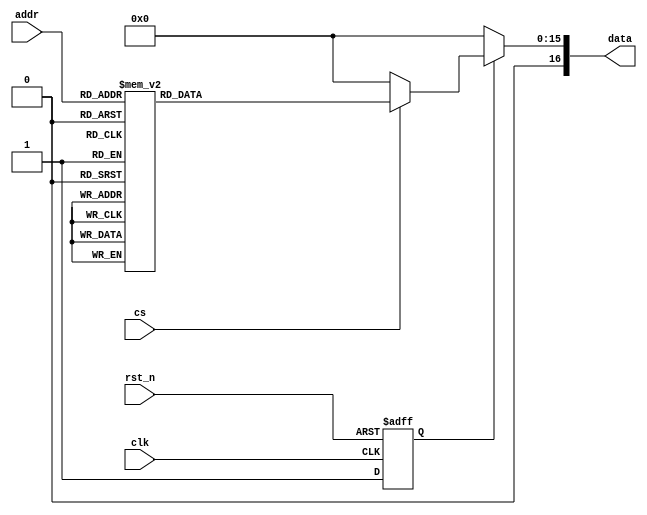
module ROM2_Z1(clk, rst_n, cs, addr, data);

input [2:0] addr; // address
input cs; // chip select
input rst_n; 
input clk; 
output reg [16:0] data;

reg [15:0] rom_data;
reg rst_n_sync;

always@(*) begin

if(cs)
begin
//   c1= 0.9807852804 , c2= 0.92387953251 , c3= 0.8314696123 , c4= 0.70710678118 , c5= 0.55557023302 , c6= 0.38268343236 , c7= 0.19509032201 
case(addr) 
3'b000: rom_data = 16'b0101001000000011;
3'b001: rom_data = 16'b0001001100111110;
3'b010: rom_data = 16'b0001110011001100;
3'b011: rom_data = 16'b1101111000000111;

3'b100: rom_data = 16'b0010111001110100;
3'b101: rom_data = 16'b1110111110101111;
3'b110: rom_data = 16'b1111100100111110;
3'b111: rom_data = 16'b1011101001111000;
default: rom_data = 16'b0;
endcase 
end 
else rom_data = 0; 
end 

// Asynchronous reset assertion, synchronous reset deassertion
always @(negedge rst_n or posedge clk) begin
    if (!rst_n)
        rst_n_sync <= 1'b0;  // Asynchronous reset assertion
    else
        rst_n_sync <= 1'b1;  // Synchronous reset deassertion
end

// Data output logic
always @(*) begin
    if (!rst_n_sync)
        data = 17'b0;  // Clear data on reset
    else
        data = rom_data;  // Update data immediately from combinational logic
end

endmodule

// // This is for the first row to get z1 only 	*this is the second rom*
// 	                                           // It must be in Fixed Point representation! 
// // first bit is for +/- , then the 2nd bit either 0 for 0 or 1 for 1, negatives is the 2's compliment for the whole number
 
// // c1= 0.9807852804 , c2= 0.92387953251 , c3= 0.8314696123 , c4= 0.70710678118 , c5= 0.55557023302 , c6= 0.38268343236 , c7= 0.19509032201 
 
//      if (addr == 3'b000) begin data <= 16'b0101001000000011; end // 1.281457724 = 0.5(0.19509032201+0.55557023302+0.8314696123+0.9807852804)
// // (x0j==0 && x1j==0 && x2j==0 && x3j==0 )  -0.5*-[c7+c5+c3+c1] negative 1111

// else if (addr == 3'b001) begin data <= 16'b0001001100111110; end // 0.3006724435 = 0.5(0.19509032201+0.55557023302+0.8314696123-0.9807852804)
// // (x0j==0 && x1j==0 && x2j==0 && x3j==1 ) -0.5*-[c7+c5+c3-c1] = negative 1110

// else if (addr == 3'b010) begin data <= 16'b0001110011001100; end // 0.4499881116 = 0.5(0.19509032201+0.55557023302-0.8314696123+0.9807852804)
// // (x0j==0 && x1j==0 && x2j==1 && x3j==0 ) -0.5*-[c7+c5-c3+c1] = negative 1101

// else if (addr == 3'b011) begin data <= 16'b1101111000000111; end // -0.5307971688  = 0.5(0.19509032201+0.55557023302-0.8314696123-0.9807852804)
// // (x0j==0 && x1j==0 && x2j==1 && x3j==1 ) -0.5*-[c7+c5-c3-c1] = negative 1100


// else if (addr == 3'b100) begin data <= 16'b0010111001110100; end // 0.7258874908 = 0.5(0.19509032201-0.55557023302+0.8314696123+0.9807852804)
// // (x0j==0 && x1j==1 && x2j==0 && x3j==0 ) -0.5*-[c7-c5+c3+c1] = negative 1011

// else if (addr == 3'b101) begin data <= 16'b1110111110101111; end // -0.2548977896 = 0.5(0.19509032201-0.55557023302+0.8314696123-0.9807852804)
// // (x0j==0 && x1j==1 && x2j==0 && x3j==1 ) -0.5*-[c7-c5+c3-c1] = negative 1010

// else if (addr == 3'b110) begin data <= 16'b1111100100111110; end // -0.1055821215 = 0.5(0.19509032201-0.55557023302-0.8314696123+0.9807852804)
// // (x0j==0 && x1j==1 && x2j==1 && x3j==0 ) -0.5*-[c7-c5-c3+c1] = negative 1001

// else if (addr == 3'b111) begin data <= 16'b1011101001111000; end // -1.086367402 = 0.5(0.19509032201-0.55557023302-0.8314696123-0.9807852804)
// // (x0j==0 && x1j==1 && x2j==1 && x3j==1 ) -0.5*-[c7-c5-c3-c1] = negative 1000